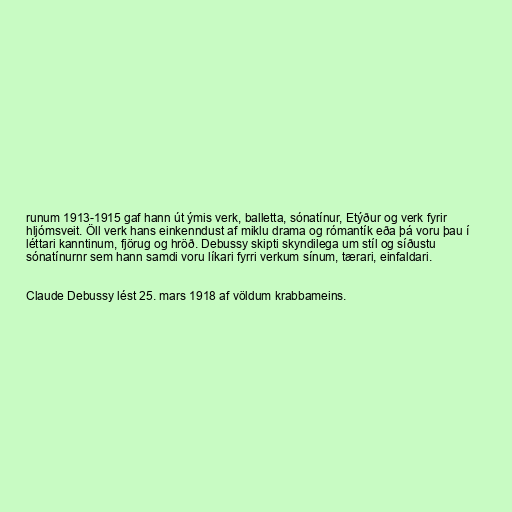
runum 1913-1915 gaf hann út ýmis verk, balletta, sónatínur, Etýður og verk fyrir
hljómsveit. Öll verk hans einkenndust af miklu drama og rómantík eða þá voru þau í
léttari kanntinum, fjörug og hröð. Debussy skipti skyndilega um stíl og síðustu
sónatínurnr sem hann samdi voru líkari fyrri verkum sínum, tærari, einfaldari.

Claude Debussy lést 25. mars 1918 af völdum krabbameins.